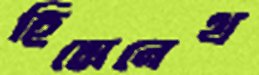
হিমেনেথ